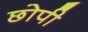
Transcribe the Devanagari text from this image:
छोपी